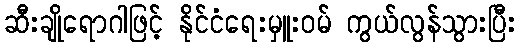
ဆီးချိုရောဂါဖြင့် နိုင်ငံရေးမှူးဝမ် ကွယ်လွန်သွားပြီး